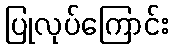
ပြုလုပ်ကြောင်း